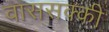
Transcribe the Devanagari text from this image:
वाससक्की